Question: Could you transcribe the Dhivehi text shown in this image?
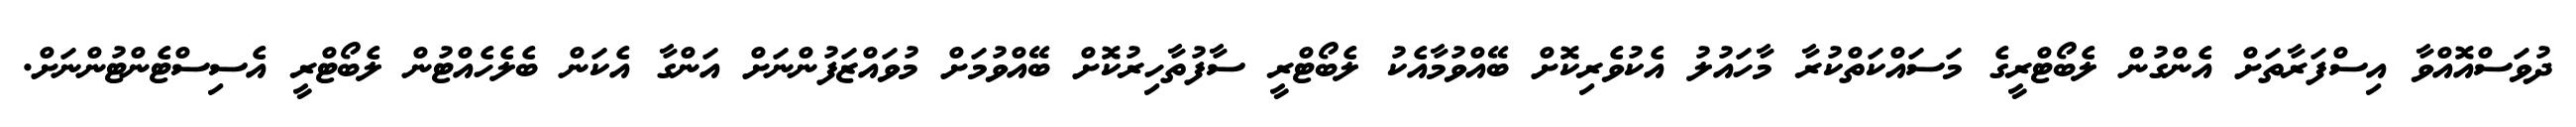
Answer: ދުވަސްއޮއްވާ އިސްފަރާތަށް އެންގުން ލެބޯޓްރީގެ މަސައްކަތްކުރާ މާހައުލު އެކުވެރިކޮށް ބޭއްވުމާއެކު ލެބޯޓްރީ ސާފުތާހިރުކޮށް ބޭއްވުމަށް މުވައްޒަފުންނަށް އަންގާ އެކަން ބެލެހެއްޓުން ލެބޯޓްރީ އެސިސްޓެންޓުންނަށް.